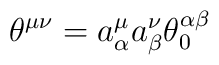
{\theta}^{{\mu}{\nu}}={a}^{\mu}_{\alpha}{a}^{\nu}_{\beta}{\theta}_0^{{\alpha}{\beta}}